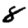
Digit: 8